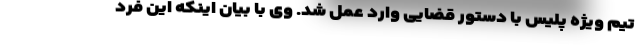
تیم‌ ویژه پلیس با دستور قضایی وارد عمل شد. وی با بیان اینکه این فرد